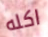
اكله